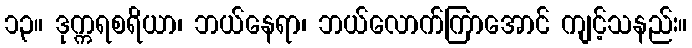
၁၃။ ဒုက္ကရစရိယာ၊ ဘယ်နေရာ၊ ဘယ်လောက်ကြာအောင် ကျင့်သနည်း။